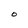
Character: O